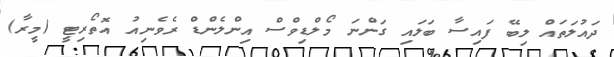
ދައުލަތައް ލިބޭ ފައިސާ ބަލައި ގަންނަ މޯލްޑިވްސް އިންލެންޑް ރެވެނިއު އޮތޯރިޓީ (މީރާ)